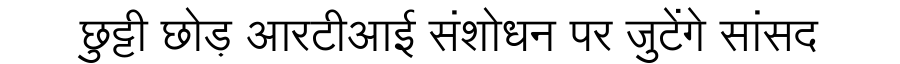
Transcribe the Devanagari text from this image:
छुट्टी छोड़ आरटीआई संशोधन पर जुटेंगे सांसद